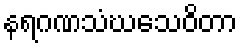
နရဂဏသံဃသေဝိတာ